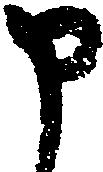
申